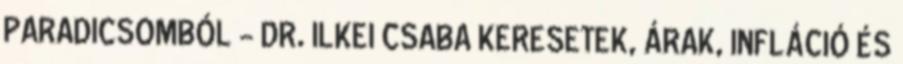
PARADICSOMBÓL - DR. ILKEI CSABA KERESETEK, ÁRAK, INFLÁCIÓ ÉS